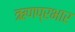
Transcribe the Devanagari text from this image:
ऋणप्रभार